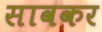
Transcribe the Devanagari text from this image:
सावकर